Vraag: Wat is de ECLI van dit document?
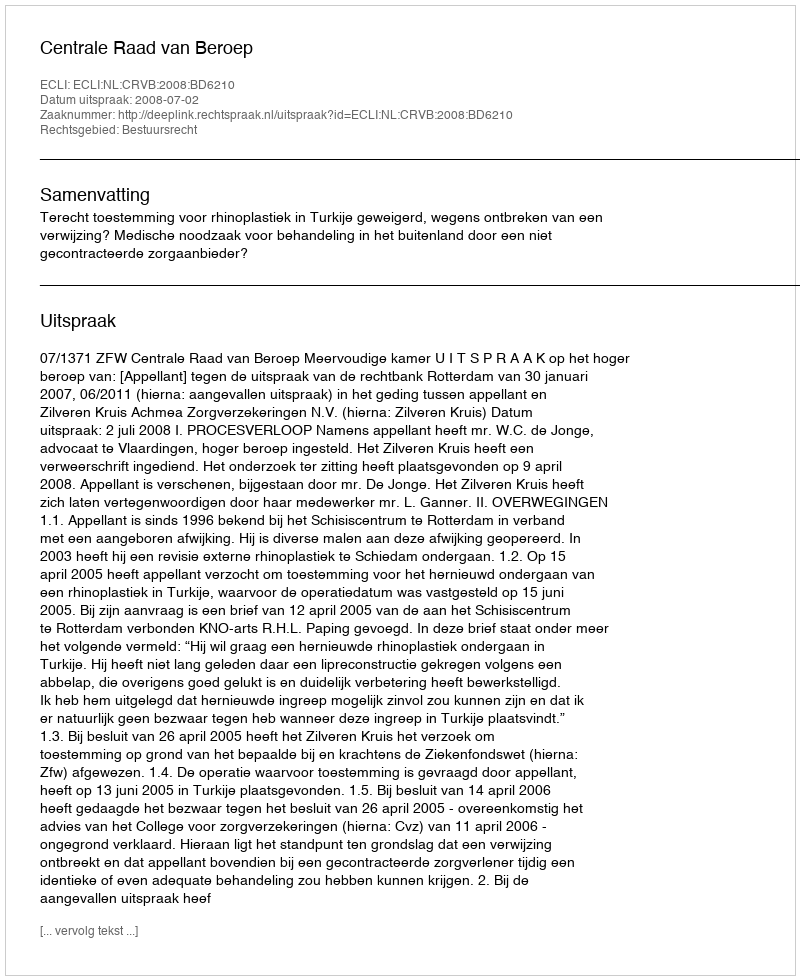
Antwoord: ECLI:NL:CRVB:2008:BD6210